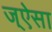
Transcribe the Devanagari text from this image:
ज्ऐसा